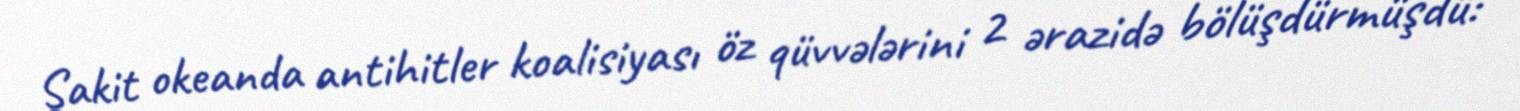
Sakit okeanda antihitler koalisiyası öz qüvvələrini 2 ərazidə bölüşdürmüşdü: